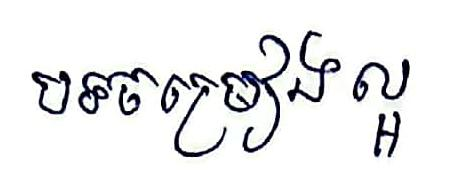
បទចម្រៀងល្អ